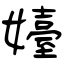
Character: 嬯